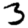
Digit: 3